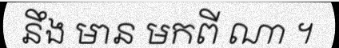
នឹង មាន មកពី ណា ។